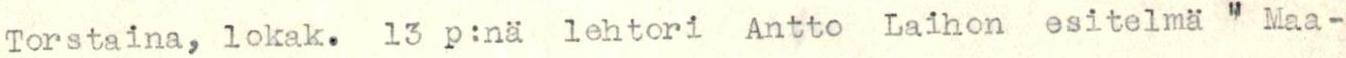
Torstaina, lokak. 13 p:nä lehtori Antto Laihon esitelmä " Maa-